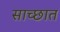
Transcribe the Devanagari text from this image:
साच्छात